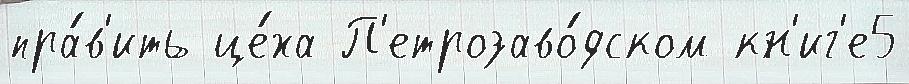
пра́в'ить це́ха П'етрозаво́дском кн'иг'е5